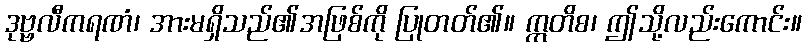
ဒုဗ္ဗလီကရဏံ၊ အားမရှိသည်၏အဖြစ်ကို ပြုတတ်၏။ ဣတိစ၊ ဤသို့လည်းကောင်း။